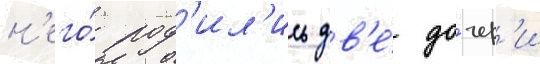
н'его́ род'ил'ись дв'е́ до́чер'и